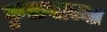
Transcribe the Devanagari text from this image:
कुळवाच्या